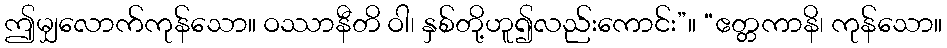
ဤမျှလောက်ကုန်သော။ ဝဿာနီတိ ဝါ၊ နှစ်တို့ဟူ၍လည်းကောင်း”။ “ဧတ္တကာနိ၊ ကုန်သော။